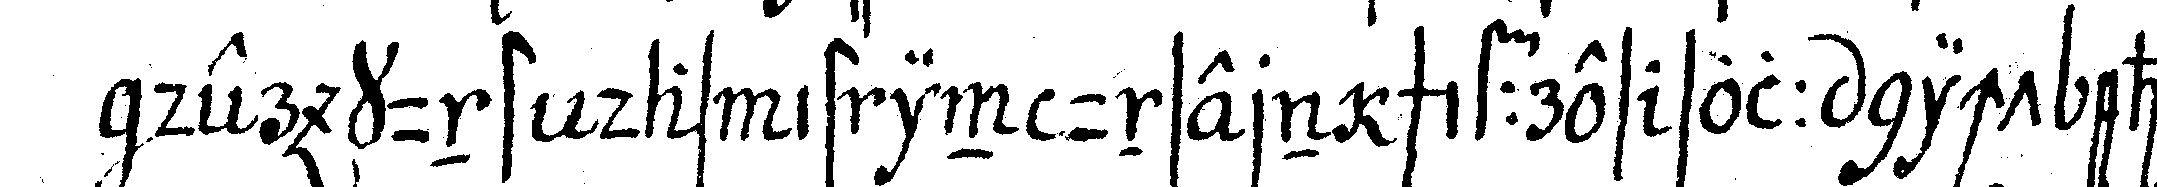
der kunst das ist in unsern schiffres soll nicht eher